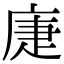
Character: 𢈻